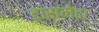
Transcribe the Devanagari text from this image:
ट्रांसमेटा